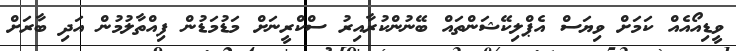
ވީޑިއޯއެއް ކަމަށް ވިޔަސް އެޕްލިކޭޝަންތައް ބޭނުންކުރާއިރު ސްކްރީނަށް މަޑުމަޑުން ފިއްތާލުމުން އަދި ބާރަށް